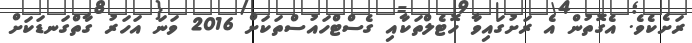
ރަށެކެވެ. އެގޮތުން އެ ރަށުގައިވާ ހޮޓެލްތަކާއި ގެސްޓްހައުސްތަކަށް 2016 ވަނަ އަހަރު ގާތްގަނޑަކަށް